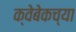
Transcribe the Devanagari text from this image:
क्वेबेकच्या